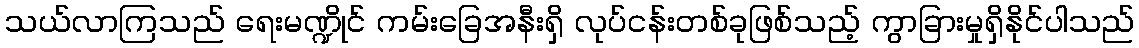
သယ်လာကြသည် ရေးမဏ္ဍိုင် ကမ်းခြေအနီးရှိ လုပ်ငန်းတစ်ခုဖြစ်သည့် ကွာခြားမှုရှိနိုင်ပါသည်